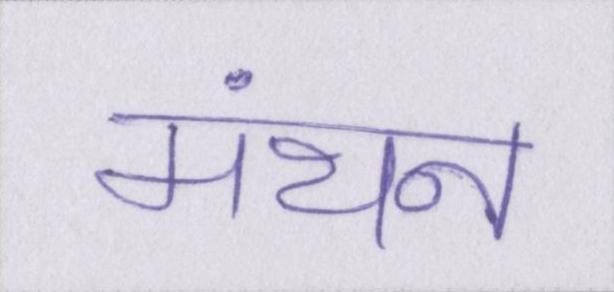
मंथन